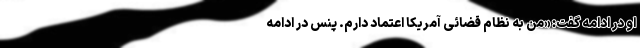
او در ادامه گفت: «من به نظام قضائی آمریکا اعتماد دارم. پنس در ادامه